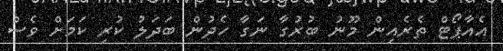
އެއާޕޯޓް ތެރެއިން މޫނު ބުރުގާ ނަގާ ހެދުން ބަދަލު ކުރި ކަމަށް ވެސް